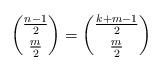
LaTeX: \begin{align*}{\frac{n-1}{2} \choose \frac{m}{2}}={\frac{k+m-1}{2} \choose \frac{m}{2}}\end{align*}